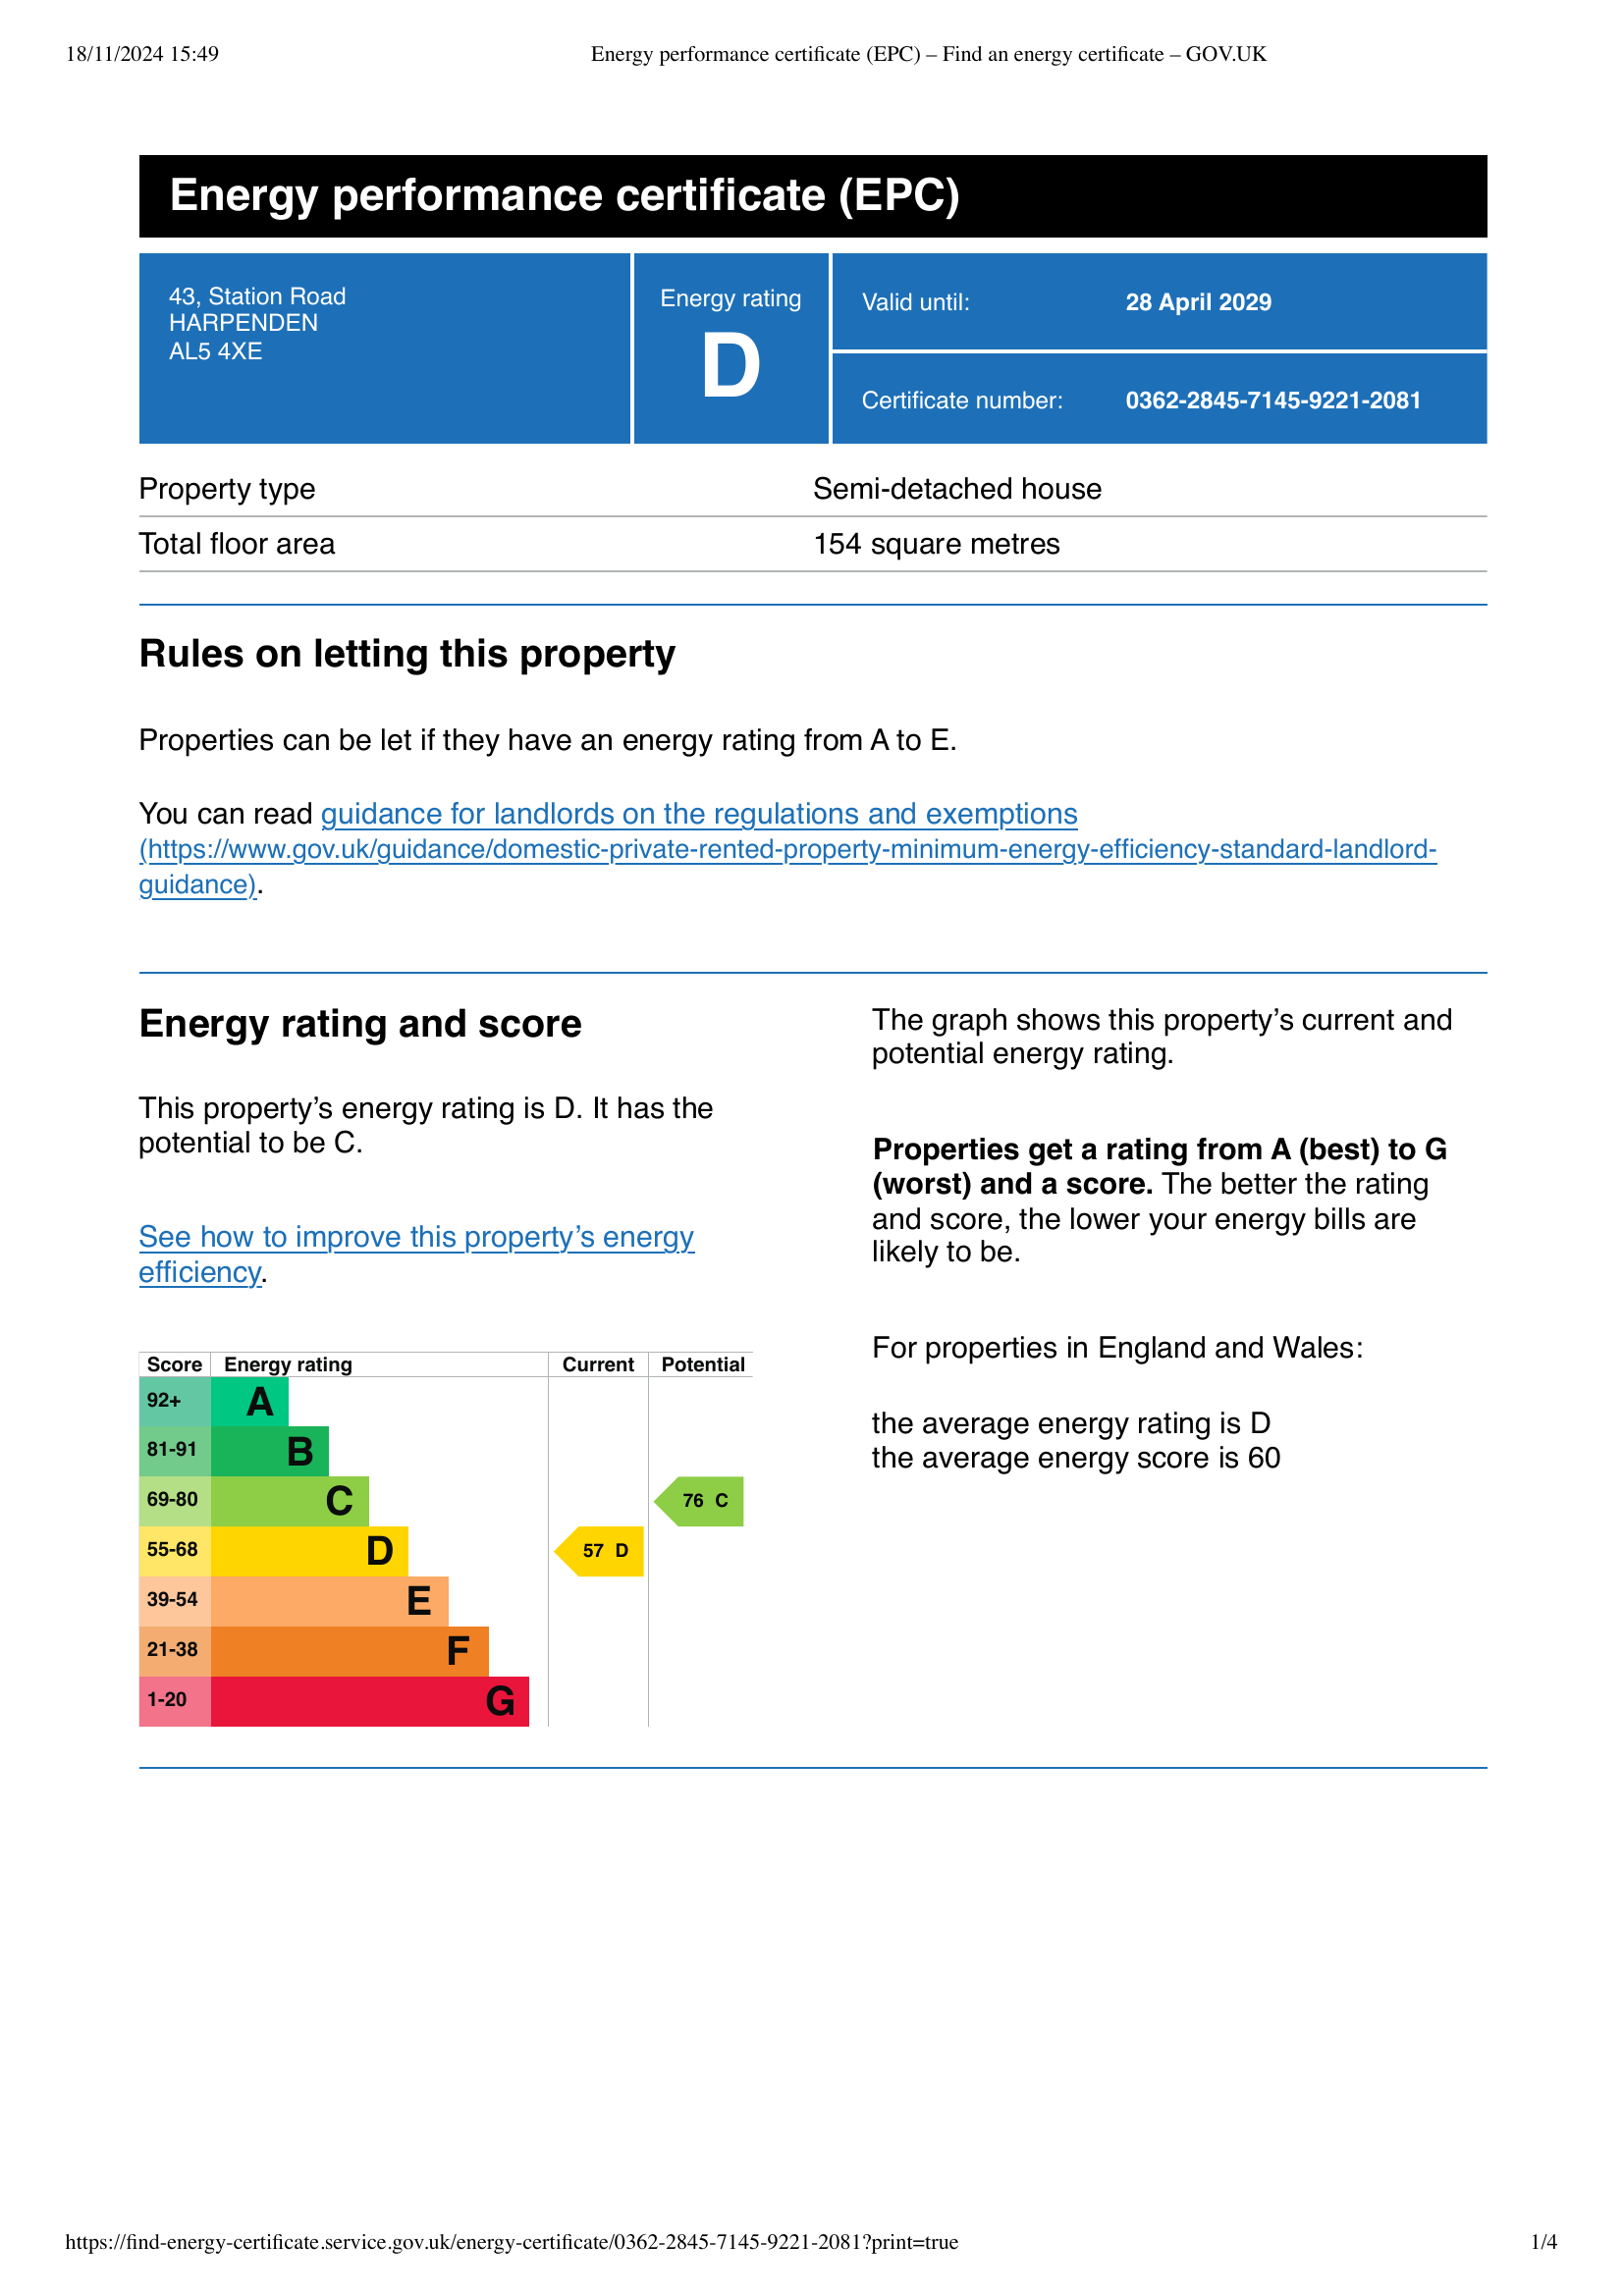
Current energy efficiency rating: D (score 57)
Potential energy efficiency rating: C (score 76)
Current environmental impact (CO2) rating: E (score )
Potential environmental impact (CO2) rating: C (score )